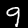
Label: 9